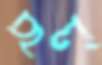
ছল্